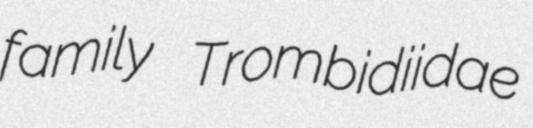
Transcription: family Trombidiidae